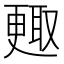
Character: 𣍇